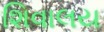
શિવાલય